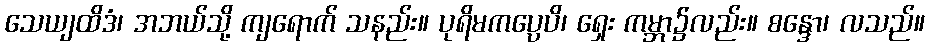
သေယျထိဒံ၊ အဘယ်သို့ ကျရောက် သနည်း။ ပုရိမကပ္ပေပိ၊ ရှေး ကမ္ဘာ၌လည်း။ စန္ဒော၊ လသည်။